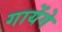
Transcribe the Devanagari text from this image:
गायेंगे